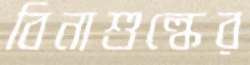
বিনাশুল্কের